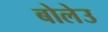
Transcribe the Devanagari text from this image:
बोलेउ